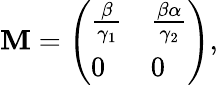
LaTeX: \mathbf{M}=\left(\begin{array}{ll}{\frac{\beta}{\gamma_{1}}}&{\frac{\beta\alpha}{\gamma_{2}}}\\ {0}&{0}\end{array}\right),